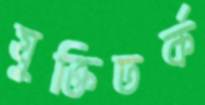
যুক্তিতর্ক